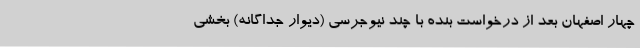
چهار اصفهان بعد از درخواست بنده با چند نیوجرسی (دیوار جداگانه) بخشی